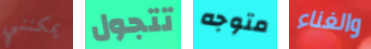
يمكنني تتجول متوجه والغناء